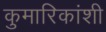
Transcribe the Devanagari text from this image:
कुमारिकांशी